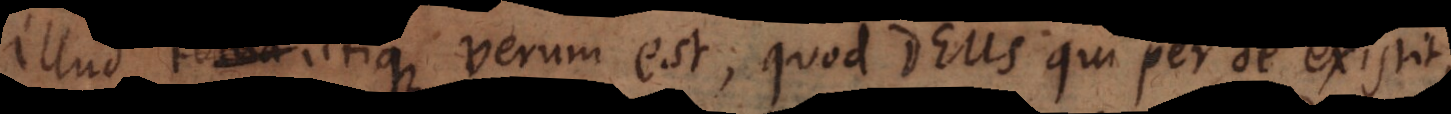
Illud utique verum est, quod Deus qui per se existit,